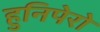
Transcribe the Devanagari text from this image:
हुनिपेरो